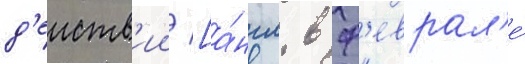
д'еиств'ии [а́нгл. в ф'еврал'е́